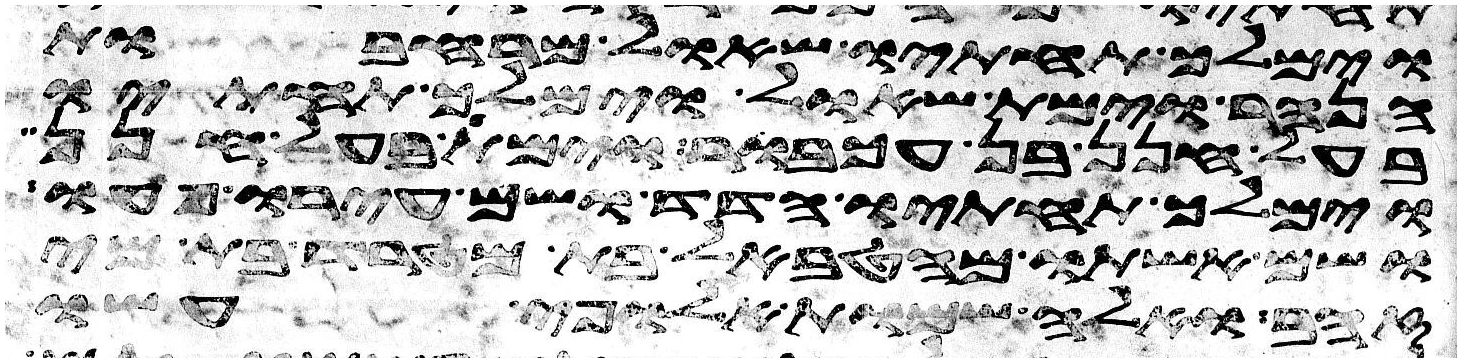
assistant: וימלך תחתיו שאול מרחבות
הנהר וימת שאול וימלך תחתיו
בעל חנן בן עכבור וימת בעל חנן
וימלך תחתיו הדד ושם עירו פעו
ושם אשתו מהטבאל בת מטרד בת מי
זהב ואלה שמות אלופי עשו